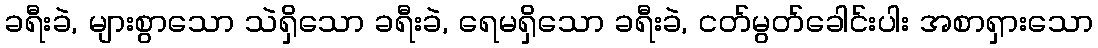
ခရီးခဲ, များစွာသော သဲရှိသော ခရီးခဲ, ရေမရှိသော ခရီးခဲ, ငတ်မွတ်ခေါင်းပါး အစာရှားသော